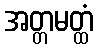
အတ္တမတ္ထံ